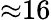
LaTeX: {\approx}16